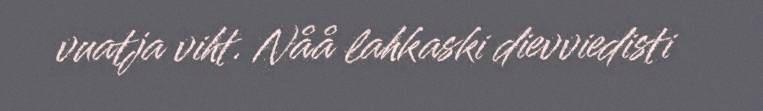
vuatja viht. Nåå lahkaski dievviedisti